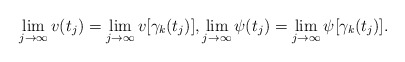
\begin{align*}\lim_{j\to\infty}v(t_j)=\lim_{j\to\infty}v[\gamma_k(t_j)],\lim_{j\to\infty}\psi(t_j)=\lim_{j\to\infty}\psi[\gamma_k(t_j)].\end{align*}